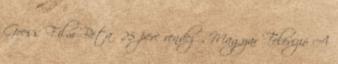
Goess Film Beta 25 perc rendező, Magyar Televízió A